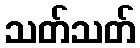
သတ်သတ်